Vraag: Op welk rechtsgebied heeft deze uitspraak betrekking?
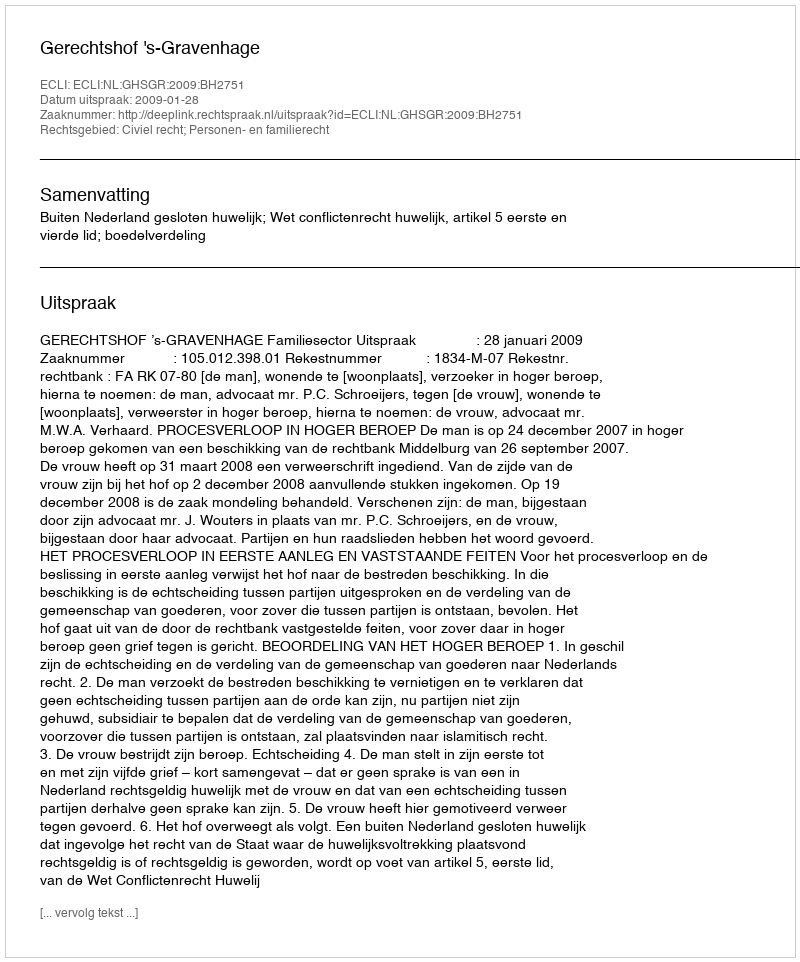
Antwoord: Civiel recht; Personen- en familierecht